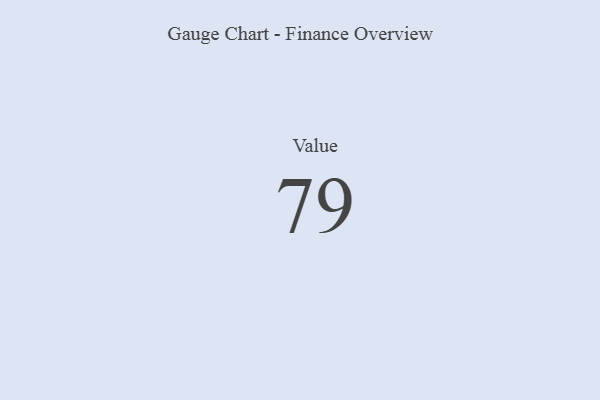
{"axis": {"x": "Metric", "y": "Value"}, "legend": [""], "data": [{"x": "Value", "y": 79, "type": ""}]}